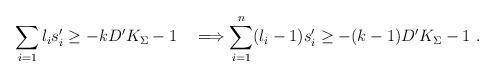
LaTeX: \begin{align*}\sum_{i=1}l_is'_i\ge-kD'K_\Sigma-1\quad\Longrightarrow\sum_{i=1}^n(l_i-1)s'_i\ge-(k-1)D'K_\Sigma-1\ .\end{align*}